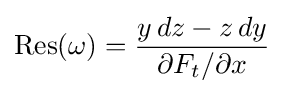
\operatorname {Res} (\omega )={\frac {y\,dz-z\,dy}{\partial F_{t}/\partial x}}